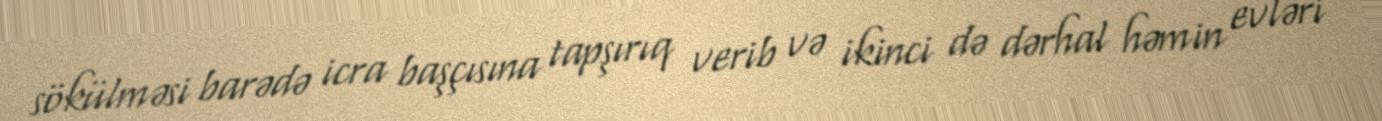
sökülməsi barədə icra başçısına tapşırıq verib və ikinci də dərhal həmin evləri